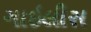
ગાઇલીસ